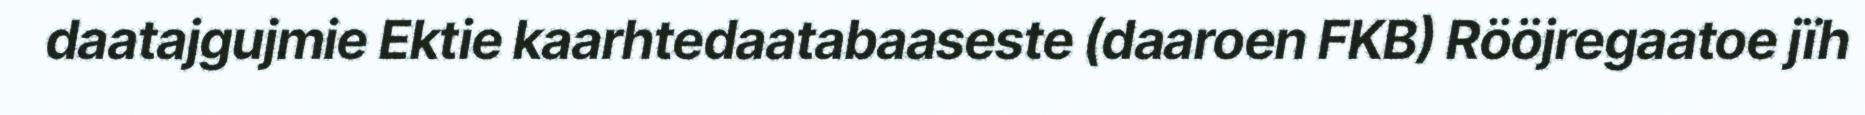
daatajgujmie Ektie kaarhtedaatabaaseste (daaroen FKB) Rööjregaatoe jïh